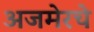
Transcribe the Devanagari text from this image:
अजमेरचे